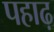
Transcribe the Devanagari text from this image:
पहाढ़